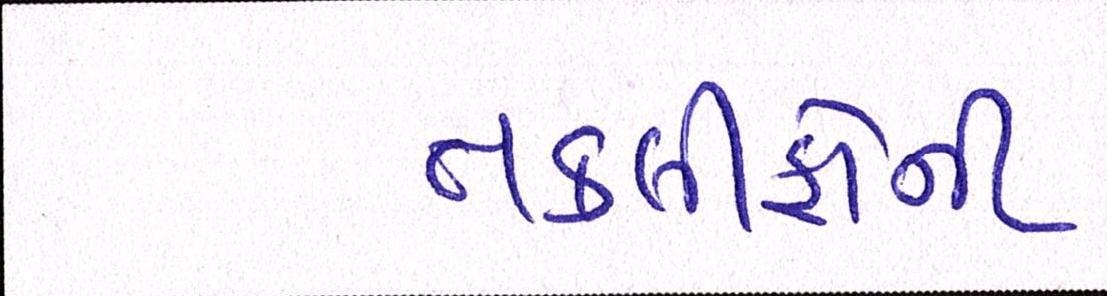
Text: તકલીફોની